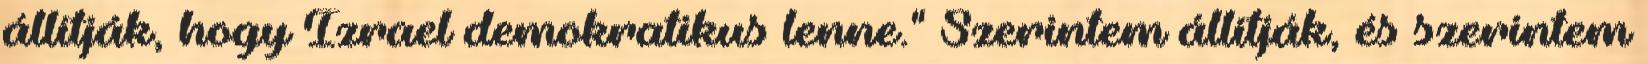
állítják, hogy Izrael demokratikus lenne." Szerintem állítják, és szerintem